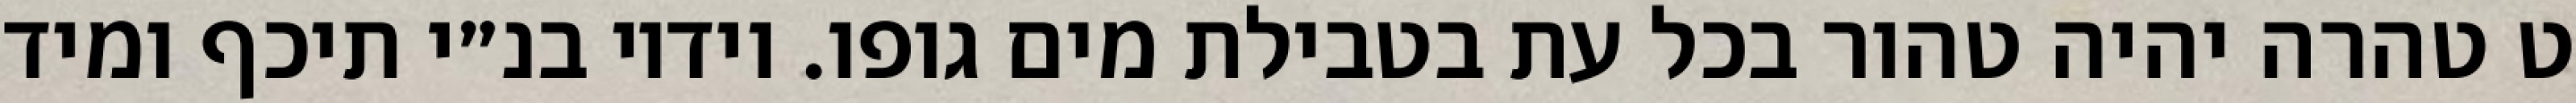
ט טהרה יהיה טהור בכל עת בטבילת מים גופו. וידיו בנ״י תיכף ומיד